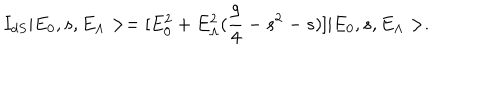
I _ { d S } | E _ { 0 } , s , E _ { \Lambda } > = [ E _ { 0 } ^ { 2 } + E _ { \Lambda } ^ { 2 } ( \frac { 9 } { 4 } - s ^ { 2 } - s ) ] | E _ { 0 } , s , E _ { \Lambda } > .